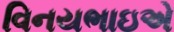
વિનયભાઇએ